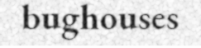
bughouses